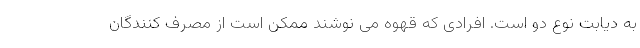
به دیابت نوع دو است. افرادی که قهوه می نوشند ممکن است از مصرف کنندگان